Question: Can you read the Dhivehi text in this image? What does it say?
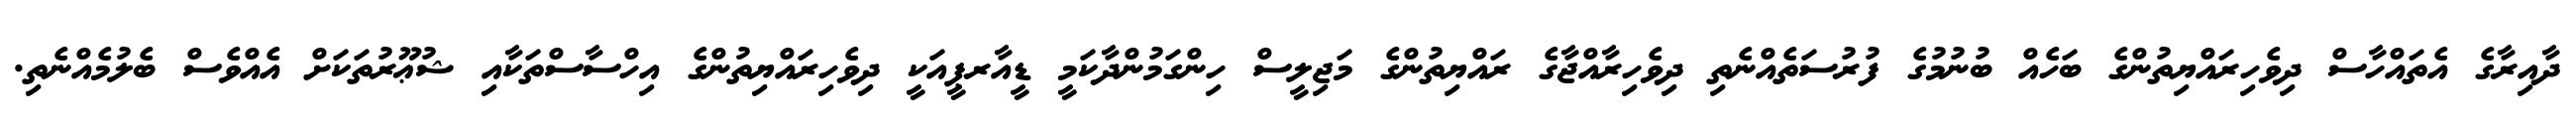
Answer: ދާއިރާގެ އެތައްހާސް ދިވެހިރައްޔިތުންގެ ބަހެއް ބުނުމުގެ ފުރުސަތެއްނެތި ދިވެހިރާއްޖާގެ ރައްޔިތުންގެ މަޖިލީސް ހިންގަމުންދާކަމީ ޑީއާރޕީއަކީ ދިވެހިރައްޔިތުންގެ އިހްސާސްތަކާއި ޝުޢޫރުތަކަށް އެއްވެސް ބެލުމެއްނެތި.